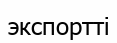
экспортті